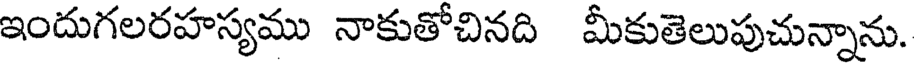
ఇందుగలరహస్యము నాకుతోచినది మీకుతెలుపుచున్నాను.